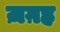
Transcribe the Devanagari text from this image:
ज़ग़ह